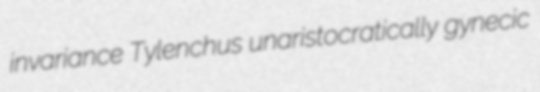
invariance Tylenchus unaristocratically gynecic